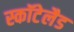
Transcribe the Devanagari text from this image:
स्कॉटेलैड